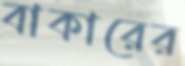
বাকারের